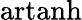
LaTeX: \operatorname{artanh}